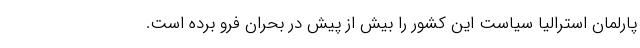
پارلمان استرالیا سیاست این کشور را بیش از پیش در بحران فرو برده است.